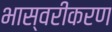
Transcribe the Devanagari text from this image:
भास्वरीकरण